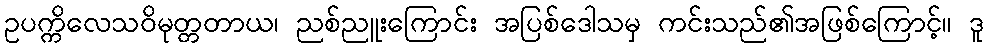
ဥပက္ကိလေသဝိမုတ္တတာယ၊ ညစ်ညူးကြောင်း အပြစ်ဒေါသမှ ကင်းသည်၏အဖြစ်ကြောင့်။ ဒူ